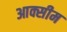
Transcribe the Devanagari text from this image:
आक्सीम